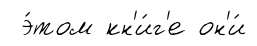
э́том кн'и́г'е он'и́